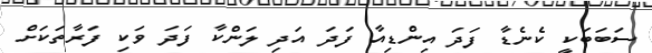
ސަބަބަކީ ކެނެޑާ ފަދަ އިންޑިއާ ފަދަ އަދި ލަންކާ ފަދަ ވަކި ފަރާތަކަށް